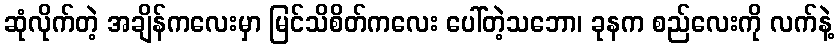
ဆုံလိုက်တဲ့ အချိန်ကလေးမှာ မြင်သိစိတ်ကလေး ပေါ်တဲ့သဘော၊ ခုနက စည်လေးကို လက်နဲ့